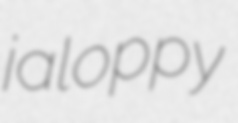
jaloppy